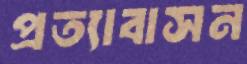
প্রত্যাবাসন